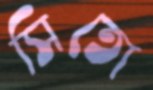
সিতো